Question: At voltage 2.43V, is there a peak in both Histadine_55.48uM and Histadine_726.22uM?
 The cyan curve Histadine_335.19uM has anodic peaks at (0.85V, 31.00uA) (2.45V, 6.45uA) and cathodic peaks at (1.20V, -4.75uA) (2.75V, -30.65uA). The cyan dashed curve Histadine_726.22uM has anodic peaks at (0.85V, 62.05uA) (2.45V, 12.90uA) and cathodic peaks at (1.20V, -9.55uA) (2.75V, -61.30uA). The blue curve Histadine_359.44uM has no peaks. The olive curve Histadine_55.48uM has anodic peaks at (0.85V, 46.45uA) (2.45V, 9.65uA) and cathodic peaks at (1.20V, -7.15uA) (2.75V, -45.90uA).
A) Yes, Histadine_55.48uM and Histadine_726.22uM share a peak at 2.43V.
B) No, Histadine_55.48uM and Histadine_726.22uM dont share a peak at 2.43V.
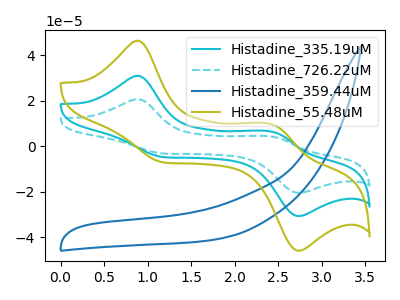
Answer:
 <answer>A) Yes, "Histadine_55.48uM" and "Histadine_726.22uM" share a peak at 2.43V.</answer>
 <eval>A</eval>